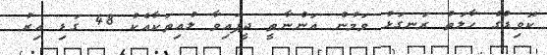
ކޮވިޑްގެ ހާލަތު ރަނގަޅު ވަމުން އަންނާތީ ދީފައިވާ ލުއިތަކާއެކު 48 ގަޑި އިރު